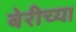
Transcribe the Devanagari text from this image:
बेरीच्या